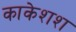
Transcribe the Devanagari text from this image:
काकेशश